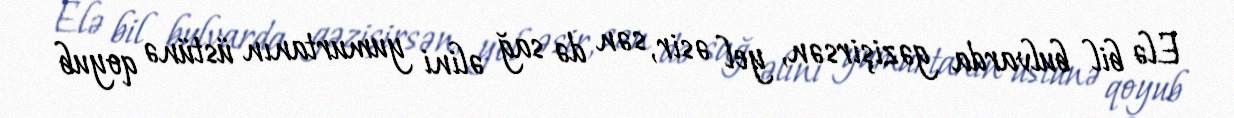
Elə bil bulvarda gəzişirsən, yel əsir, sən də sağ əlini yumurtanın üstünə qoyub